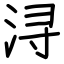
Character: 浔